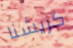
كريشنا